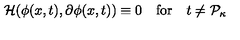
{ \cal H } ( \phi ( x , t ) , \partial \phi ( x , t ) ) \equiv 0 \quad \mathrm { f o r } \quad t \neq { \cal P } _ { \kappa }